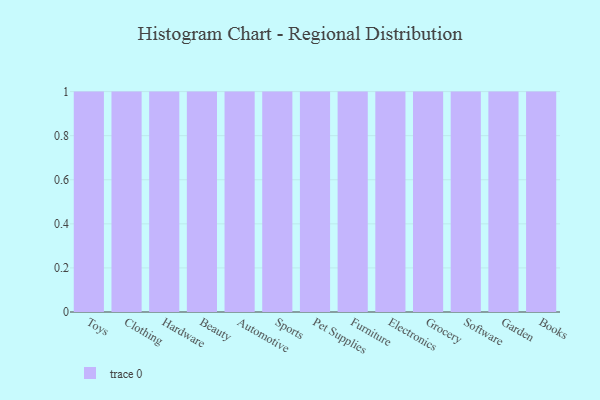
{"axis": {"x": "Category", "y": "Headcount"}, "legend": [""], "data": [{"x": "Toys", "y": 96, "type": ""}, {"x": "Clothing", "y": 63, "type": ""}, {"x": "Hardware", "y": 41, "type": ""}, {"x": "Beauty", "y": 99, "type": ""}, {"x": "Automotive", "y": 59, "type": ""}, {"x": "Sports", "y": 100, "type": ""}, {"x": "Pet Supplies", "y": 30, "type": ""}, {"x": "Furniture", "y": 93, "type": ""}, {"x": "Electronics", "y": 13, "type": ""}, {"x": "Grocery", "y": 1, "type": ""}, {"x": "Software", "y": 71, "type": ""}, {"x": "Garden", "y": 10, "type": ""}, {"x": "Books", "y": 6, "type": ""}]}